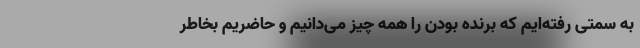
به سمتی رفته‌ایم که برنده بودن را همه چیز می‌دانیم و حاضریم بخاطر